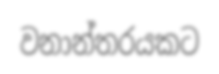
වනාන්තරයකට